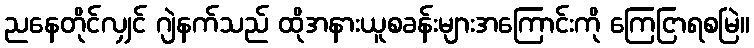
ညနေတိုင်လျှင် ဂျဲနက်သည် ထိုအနားယူစခန်းများအကြောင်းကို ကြေငြာရစမြဲ။